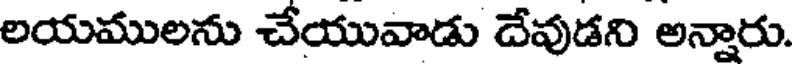
లయములను చేయువాడు దేవుడని అన్నారు.